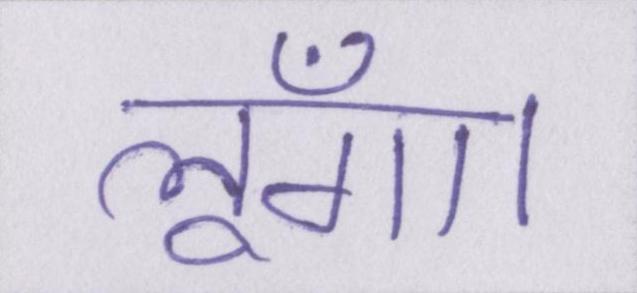
लूँगा।